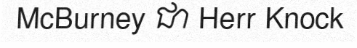
McBurney ជា Herr Knock